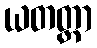
ယတတ္တာ